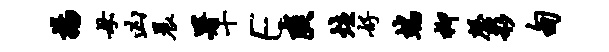
扬母凶晨署十E爽炷好端柳磬彩甸